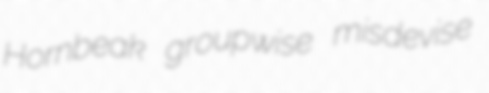
Hornbeak groupwise misdevise